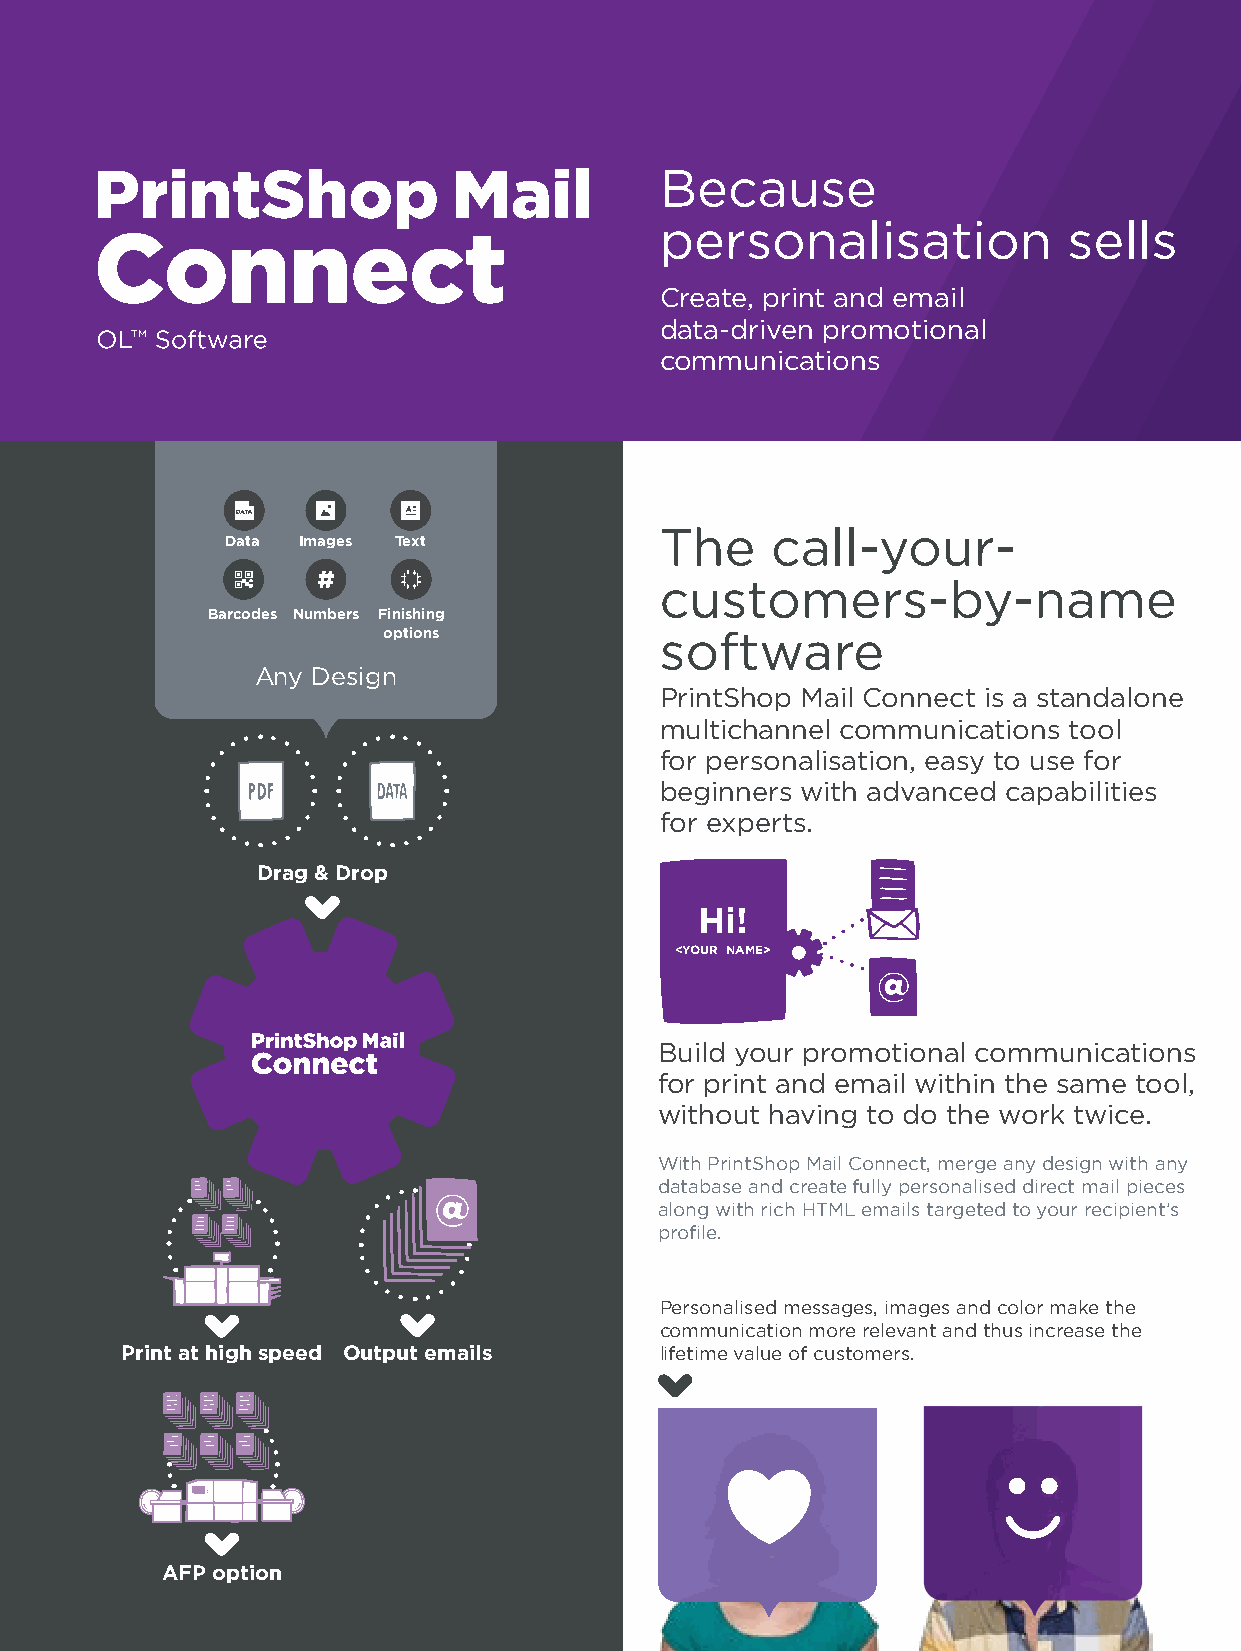
Because
 personalisation            sells
 Create, print and email
 data-driven promotional
 communications
 The    call-your-
 Data Images Text
 customers-by-name
 Barcodes Numbers Finishing
 options            software
 Any Design
 PrintShop Mail Connect is a standalone
 multichannel communications tool
 for personalisation, easy to use for
 beginners with advanced capabilities
 for experts.
 Drag & Drop
 Hi!
 <YOUR NAME>
 Build your promotional communications
 for print and email within the same tool,
 without having to do the work twice.
 With PrintShop Mail Connect, merge any design with any
 database and create fully personalised direct mail pieces
 along with rich HTML emails targeted to your recipient’s
 profile.
 Personalised messages, images and color make the
 communication more relevant and thus increase the
 Print at high speed Output emails   lifetime value of customers.
 AFP option